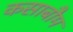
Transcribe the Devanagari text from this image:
कसाबौम